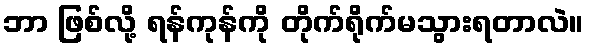
ဘာ ဖြစ်လို့ ရန်ကုန်ကို တိုက်ရိုက်မသွားရတာလဲ။